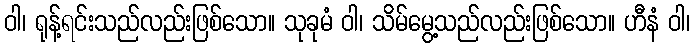
ဝါ၊ ရုန့်ရင်းသည်လည်းဖြစ်သော။ သုခုမံ ဝါ၊ သိမ်မွေ့သည်လည်းဖြစ်သော။ ဟီနံ ဝါ၊